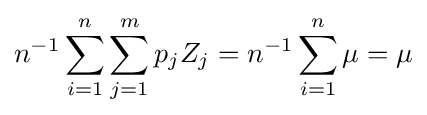
n^{-1}\sum _{i=1}^{n}\sum _{j=1}^{m}p_{j}Z_{j}=n^{-1}\sum _{i=1}^{n}\mu =\mu